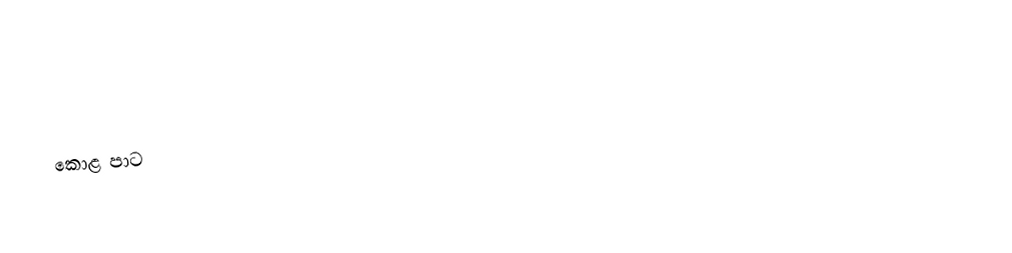
කොළ පාට